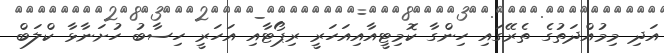
އަދި މިމުއްދަތުގެ ތެރޭގައި ހިންގާ ކޮމިޓީއާއިއަހަރީ ރިޕޯޓާއި އަހަރީ ހިސާބު ހުށަނާޅާ ކްލަބް